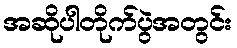
အဆိုပါတိုက်ပွဲအတွင်း